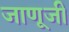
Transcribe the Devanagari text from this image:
जाणूजी